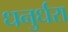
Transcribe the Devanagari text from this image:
धनुर्धरा